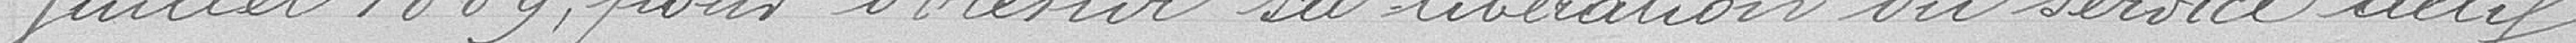
juillet 1889 pour obtenir sa libération du service actif